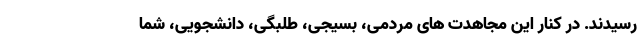
رسیدند. در کنار این مجاهدت های مردمی، بسیجی، طلبگی، دانشجویی، شما